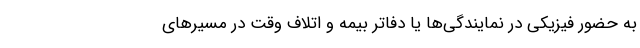
به حضور فیزیکی در نمایندگی‌ها یا دفاتر بیمه و اتلاف وقت در مسیرهای